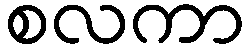
စလကာ